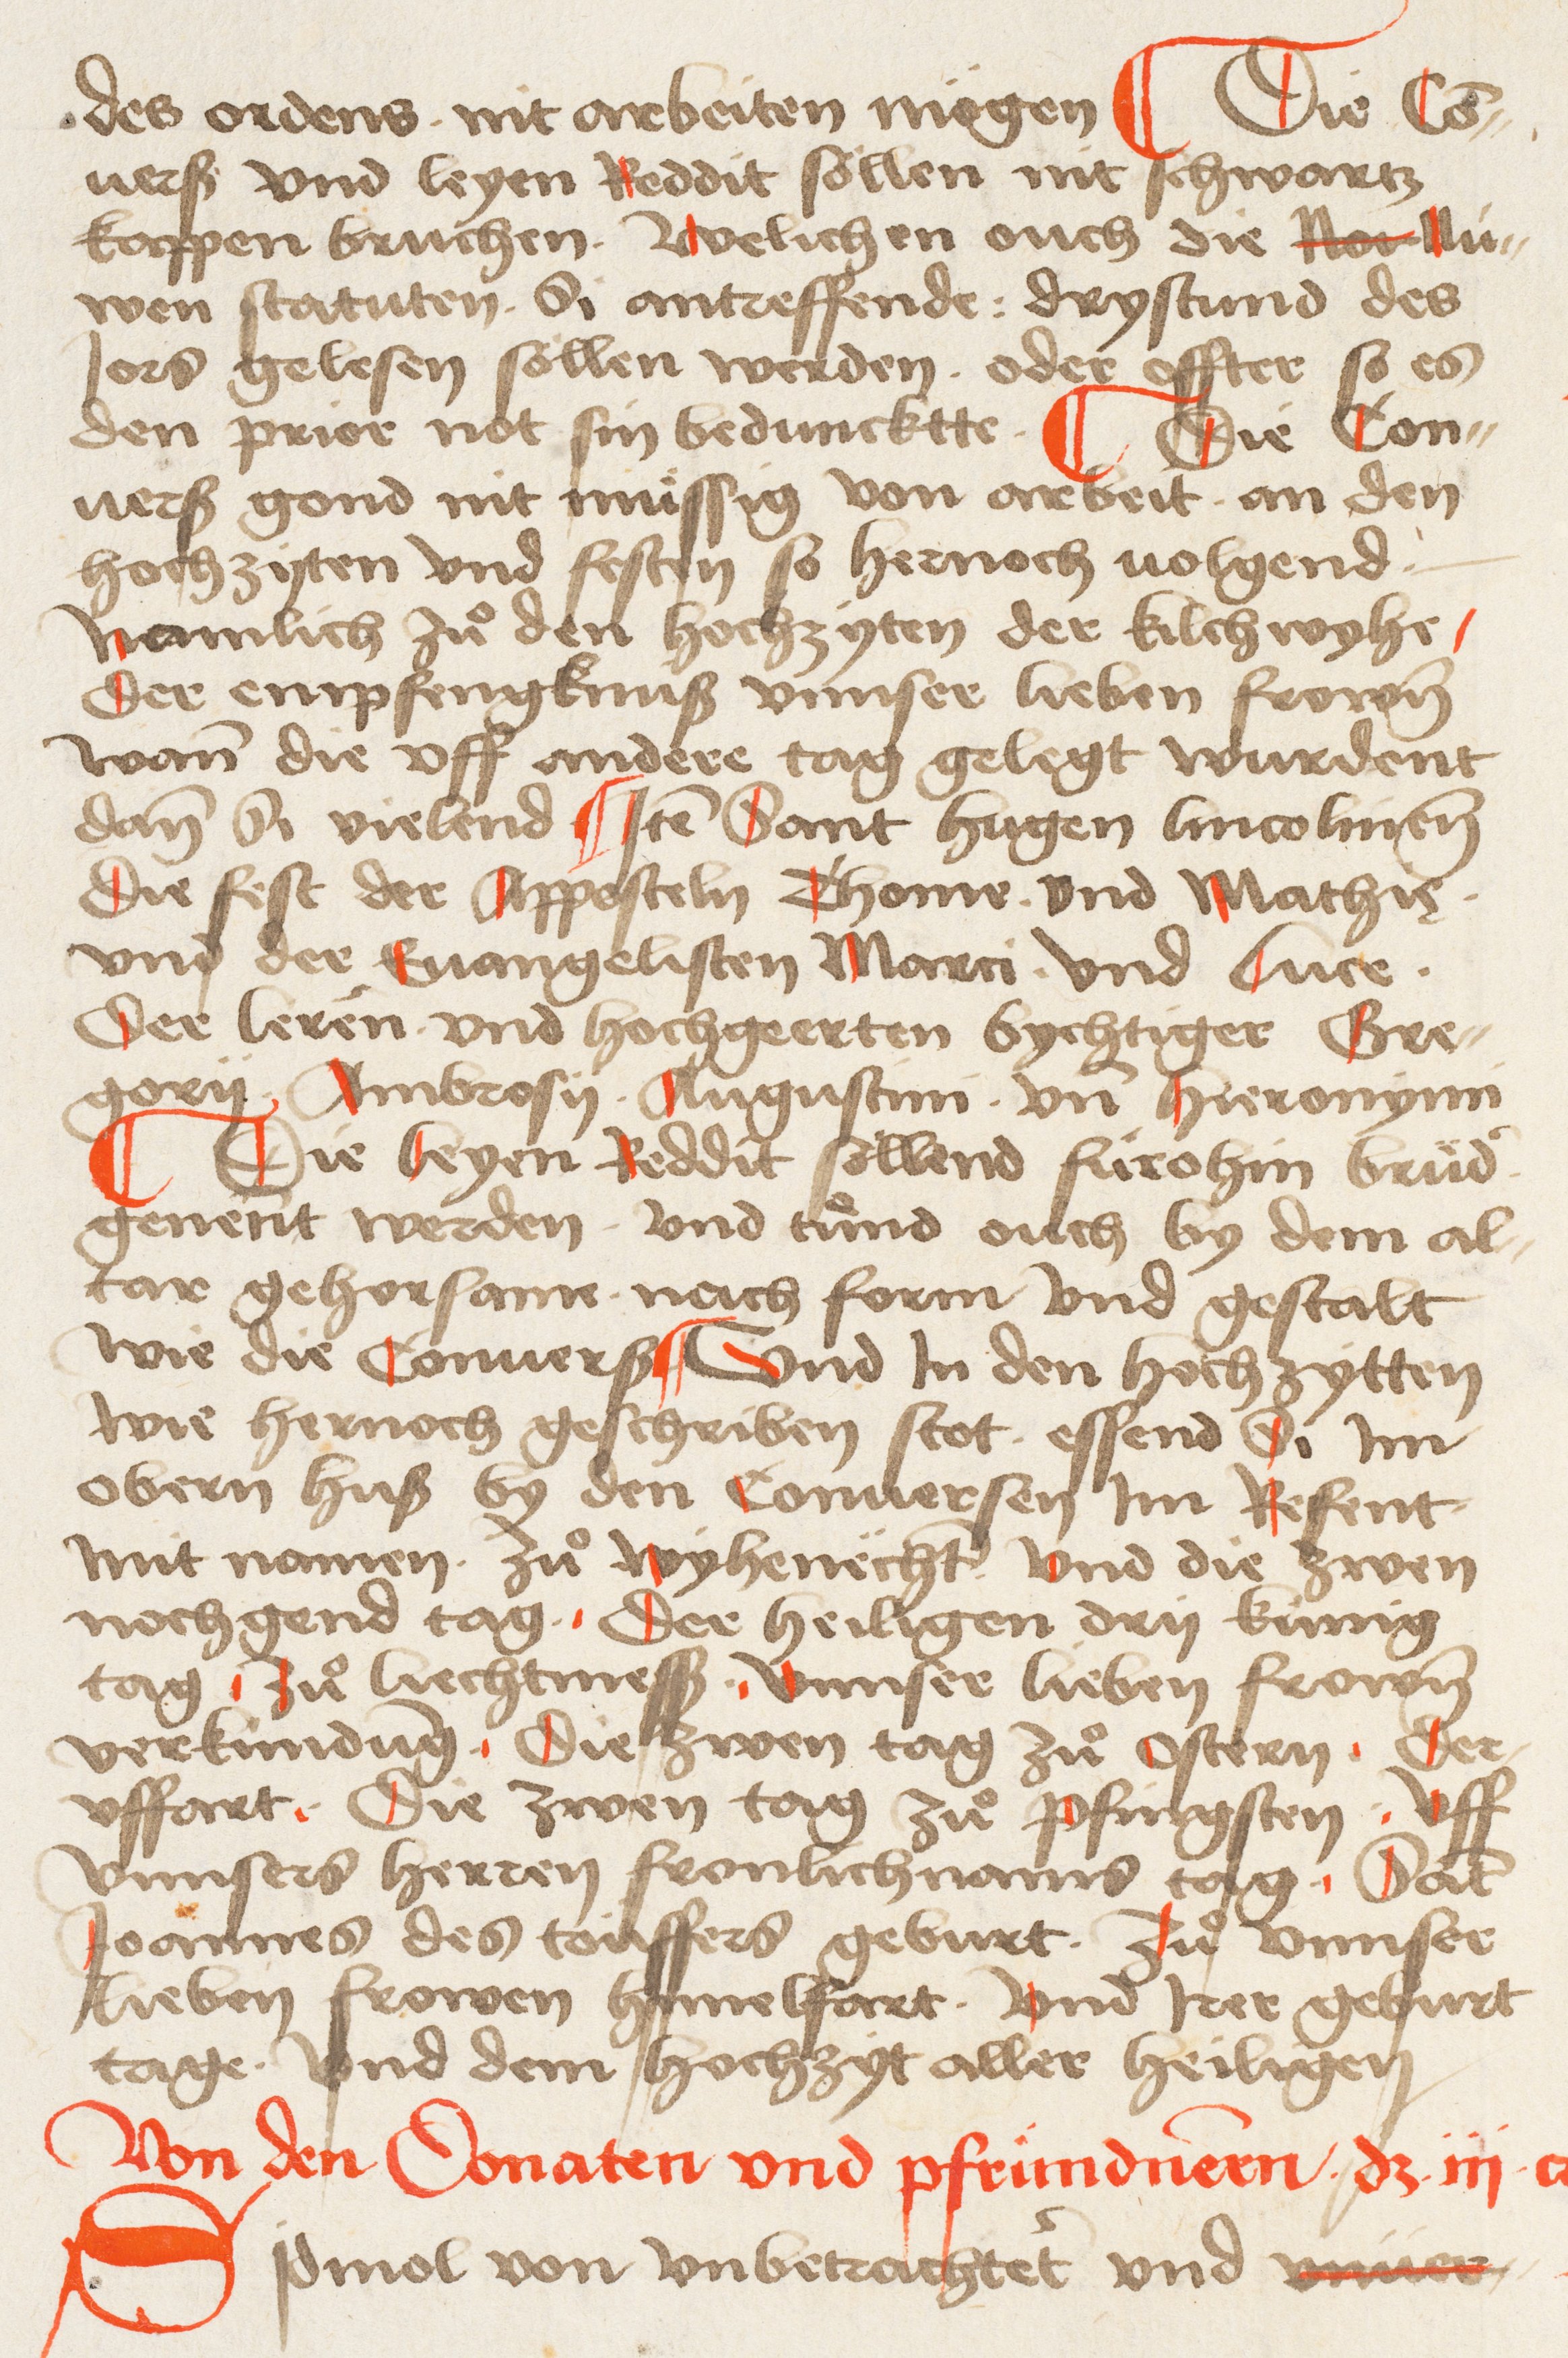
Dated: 1495–1514